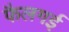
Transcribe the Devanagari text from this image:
फैलगई